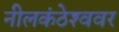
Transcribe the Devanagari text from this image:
नीलकंठेश्‍ववर